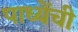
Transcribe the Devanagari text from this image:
पाध्येंची